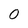
Character: 0